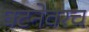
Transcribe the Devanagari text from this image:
घटनेवरच